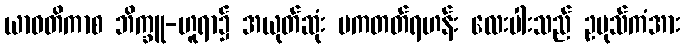
ယာဝတိကာစ ဘိက္ခူ-ဟူရာ၌ အယုတ်ဆုံး ပကတတ်ရဟန်း လေးပါးသည် ဥပုသ်ကံအား